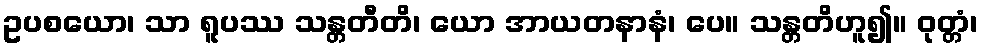
ဥပစယော၊ သာ ရူပဿ သန္တတီတိ၊ ယော အာယတနာနံ၊ ပေ။ သန္တတိဟူ၍။ ဝုတ္တံ၊